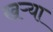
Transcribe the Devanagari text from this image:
खऱ्या